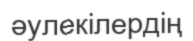
әулекілердің